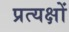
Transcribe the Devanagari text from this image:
प्रत्यक्षों